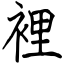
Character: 裡